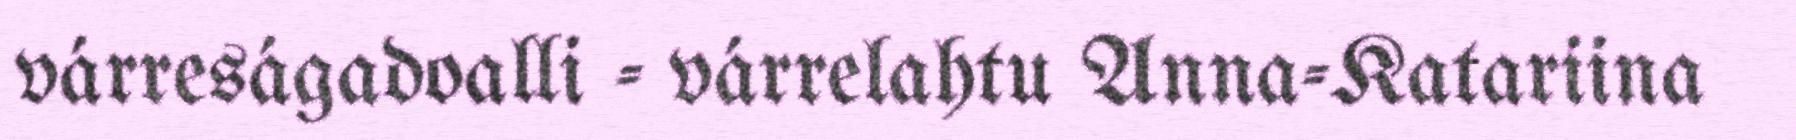
várreságadoalli - várrelahtu Anna-Katariina